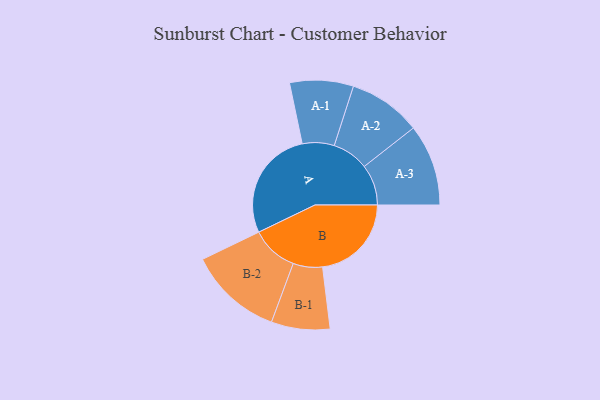
{"axis": {"x": "Segment", "y": "Value"}, "legend": ["", "A", "B"], "data": [{"x": "A", "y": 486, "type": ""}, {"x": "B", "y": 388, "type": ""}, {"x": "A-1", "y": 139, "type": "A"}, {"x": "A-2", "y": 159, "type": "A"}, {"x": "A-3", "y": 178, "type": "A"}, {"x": "B-1", "y": 128, "type": "B"}, {"x": "B-2", "y": 205, "type": "B"}]}